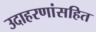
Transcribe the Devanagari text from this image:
उदाहरणांसहित